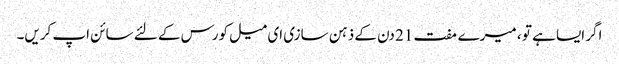
اگر ایسا ہے تو ، میرے مفت 21 دن کے ذہن سازی ای میل کورس کے لئے سائن اپ کریں۔